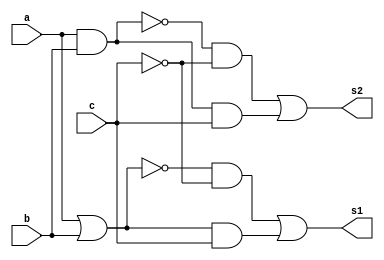
// -------------------------
// Exemplo0033 - F4
// Nome: Guilherme Augusto Bueno Borba
// -------------------------
// -------------------------
// f4_gate
// -------------------------

module f4 (output s1, output s2, input  a, input  b, input c);
// descrever por portas
wire s3, s4, s5, s6, s7, s8, s9, s10, nc;

and AND1 (s6, a, b);
and AND2 (s7, s3, nc);
and AND3 (s8, s4, c);
and AND4 (s9, s5, nc);
and AND5 (s10, s6, c);

not NOT1 (nc, c);

or OR1 (s4, a, b);
or OR2 (s1, s7, s8);
or OR3 (s2, s9, s10);

nor NOR1 (s3, a, b);

nand NAND1 (s5, a, b);

endmodule // f4

module test_f4;
// ------------------------- definir dados
reg [2:0] x;
wire z;
wire k;
f4 modulo (z, k, x[0], x[1], x[2]);
// ------------------------- parte principal
initial begin
$display("Exemplo0033 - Guilherme Augusto Bueno Borba - 451564");
$display("Test LU's module");
x = 0;
// projetar testes do modulo
#1 $monitor("entradas : %3b %3b | Selecao: %3b | Saida: %3b , %3b",x[0],x[1],x[2],z,k);
    repeat (7) begin
	 #1 x = x+1;
	 end
end
endmodule // test_f4